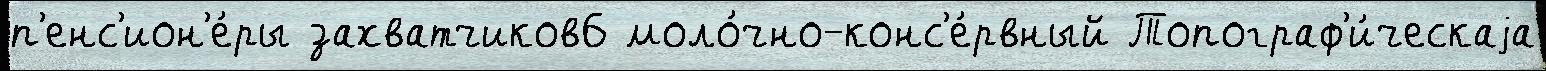
п'енс'ион'е́ры захватчиков6 моло́чно-конс'е́рвный Топограф'и́ческаjа